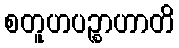
စတူဟပဉ္စာဟာတိ